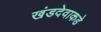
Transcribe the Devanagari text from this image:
खंडदेवाकडे